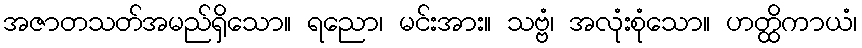
အဇာတသတ်အမည်ရှိသော။ ရညော၊ မင်းအား။ သဗ္ဗံ၊ အလုံးစုံသော။ ဟတ္ထိကာယံ၊